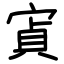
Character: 寊